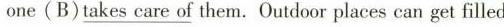
one(B)\underline{takes care of} them.Outdoor places can get filled